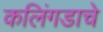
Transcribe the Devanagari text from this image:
कलिंगडाचे